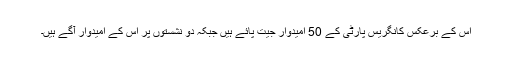
اس کے برعکس کانگریس پارٹی کے 50 امیدوار جیت پائے ہیں جبکہ دو نشستوں پر اس کے امیدوار آگے ہیں۔